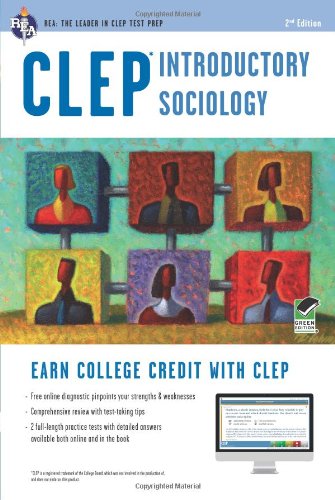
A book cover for CLEPÂ® Introductory Sociology Book + Online (CLEP Test Preparation); William Egelman; Test Preparation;